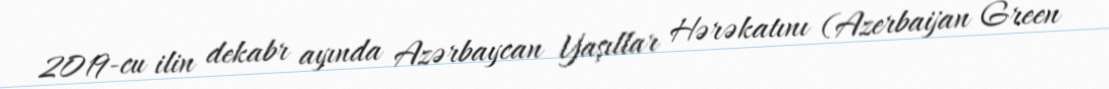
2019-cu ilin dekabr ayında Azərbaycan Yaşıllar Hərəkatını (Azerbaijan Green